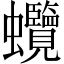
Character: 𧖐